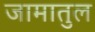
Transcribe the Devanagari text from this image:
जामातुल